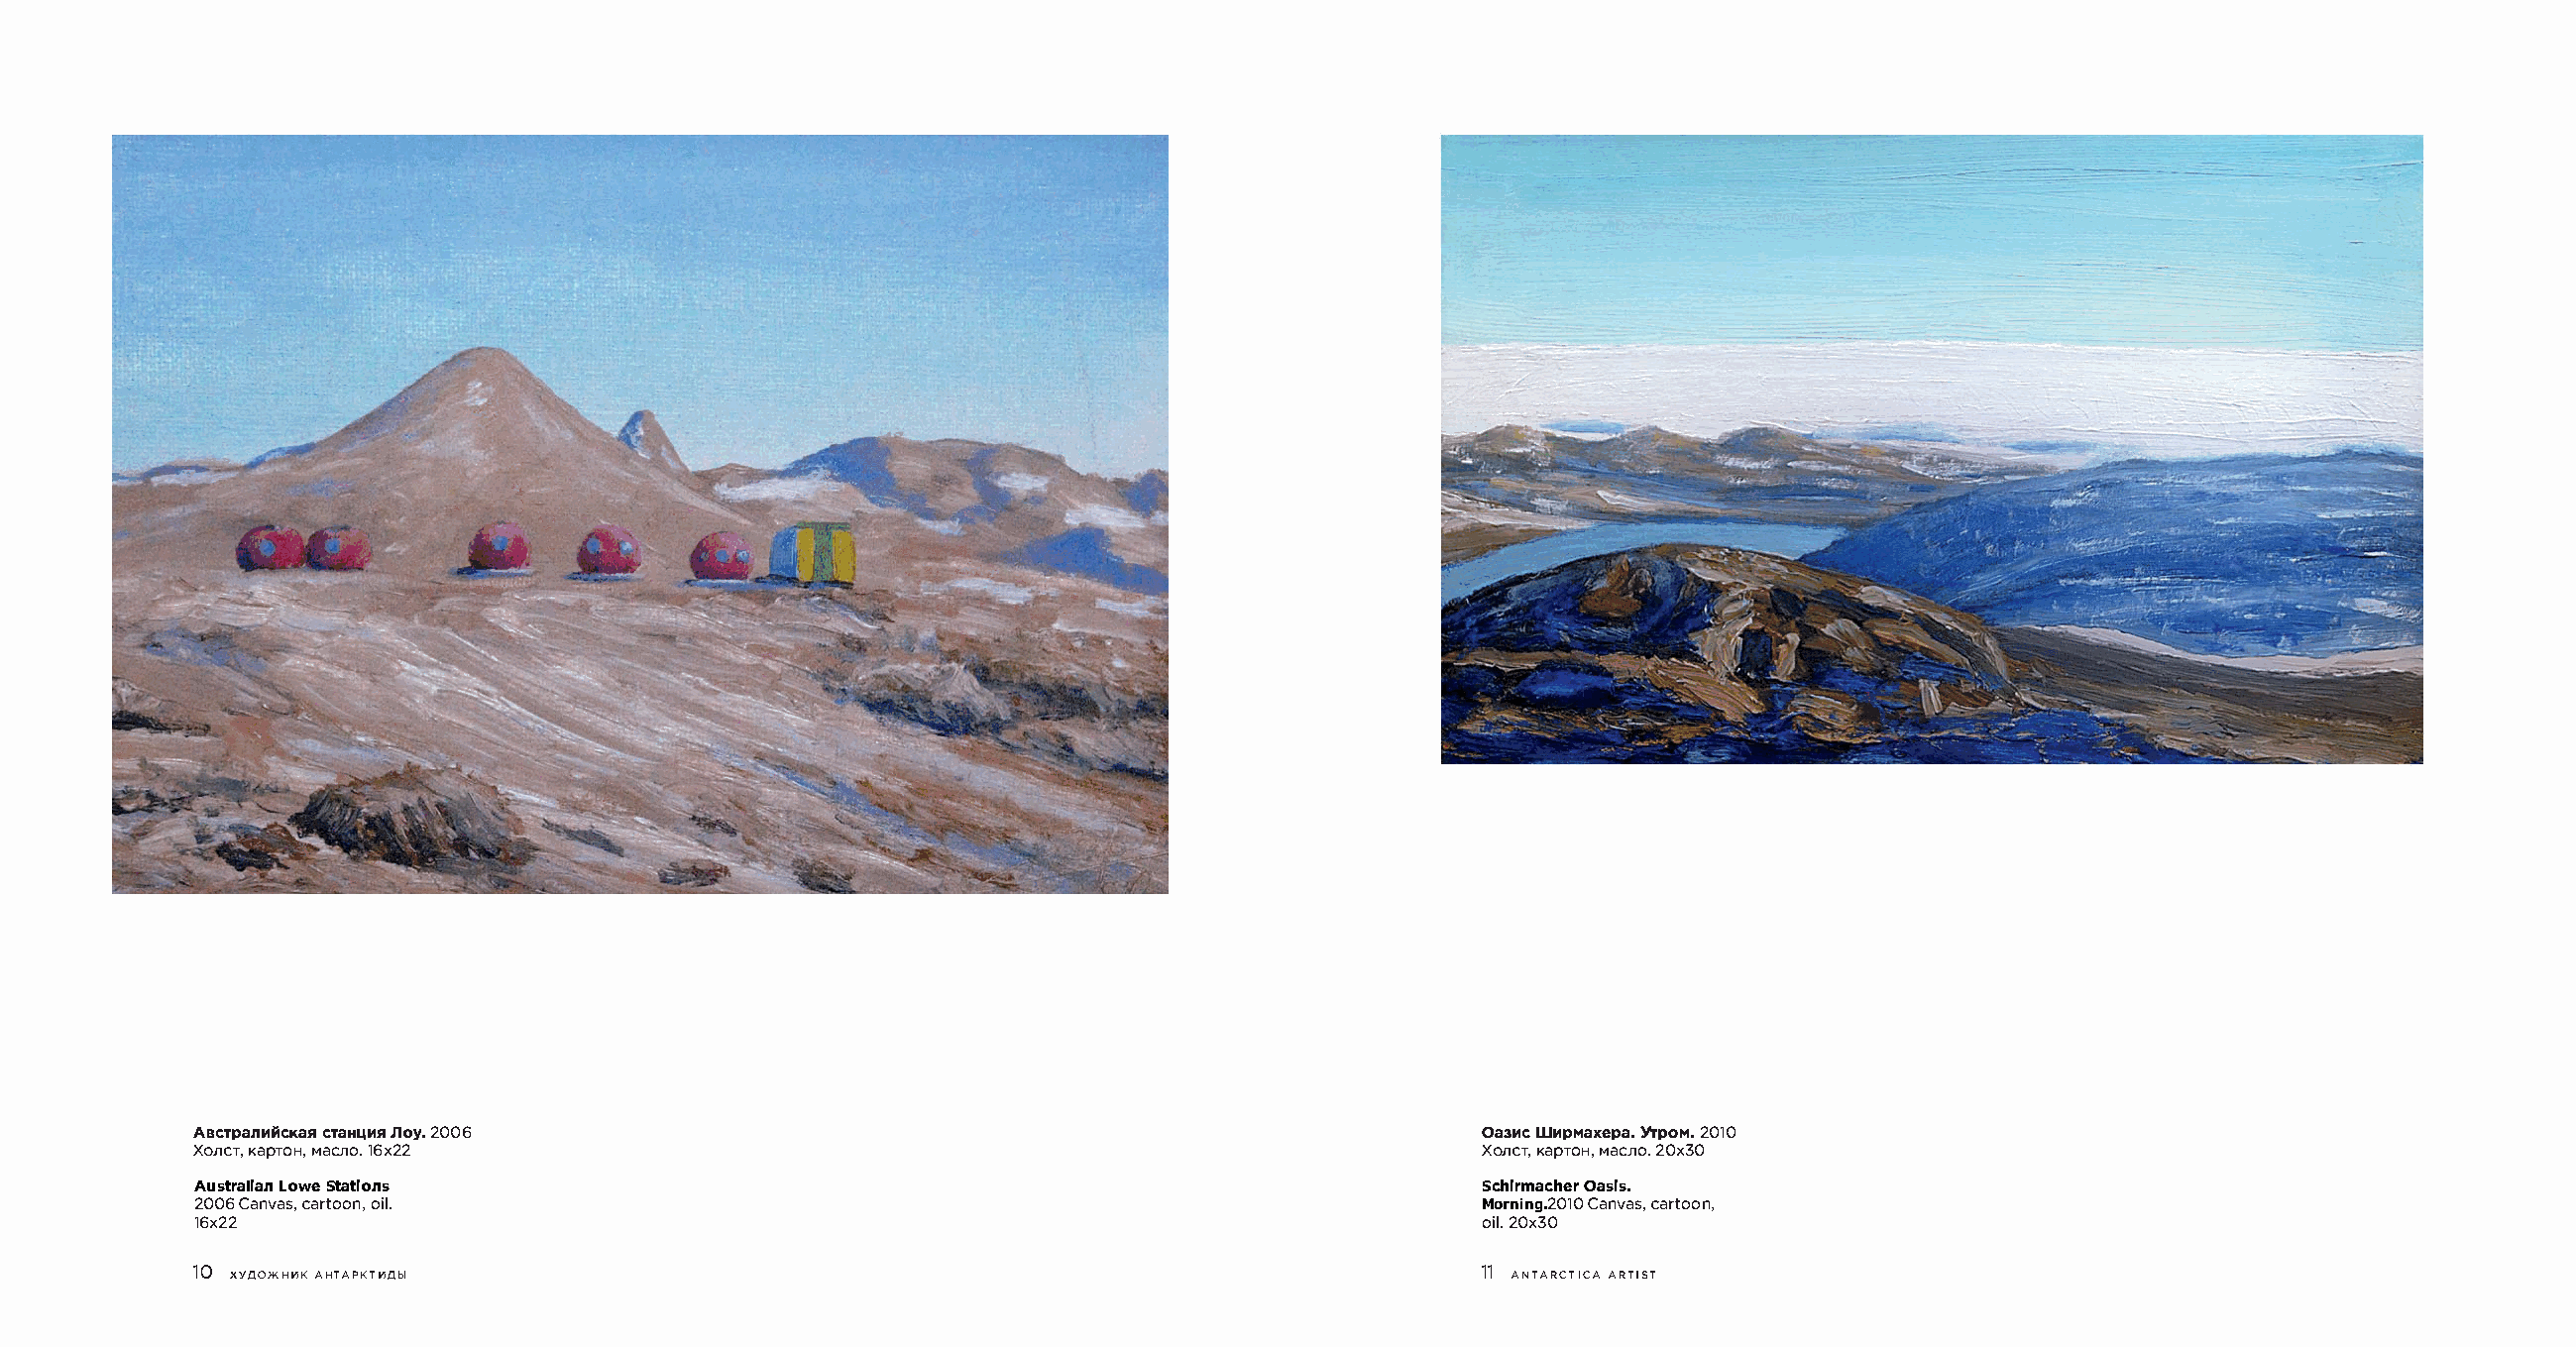
ABCTpanMiiCKaR CTaHI.IMR /loy. 2006                                                   Oa3MC WMpMaxepa. YTPOM. 2010
 XonCT, KapTOH, Maeno. 16x22                                                           XonCT, KapTOH, Maeno. 20x30
 Australian Lowe Stations                                                              Schirmacher Oasis.
 2006 Canvas, cartoon, oil.                                                            Morning.2010 Canvas, cartoon,
 16x22                                                                                 oil. 20x30
 10                                                                                    11
 XYAO>KHHK AHTAPKTHAbl                                                                 ANTARCTICA ARTIST